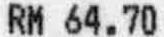
RM 64.70